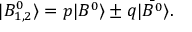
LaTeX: | B _ { 1 , 2 } ^ { 0 } \rangle = p | B ^ { 0 } \rangle \pm q | \bar { B ^ { 0 } } \rangle .